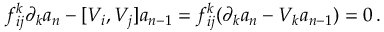
f _ { i j } ^ { k } \partial _ { k } a _ { n } - [ V _ { i } , V _ { j } ] a _ { n - 1 } = f _ { i j } ^ { k } ( \partial _ { k } a _ { n } - V _ { k } a _ { n - 1 } ) = 0 \, .